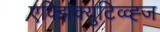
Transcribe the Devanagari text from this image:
एक्झिक्युटिव्व्ह्ज